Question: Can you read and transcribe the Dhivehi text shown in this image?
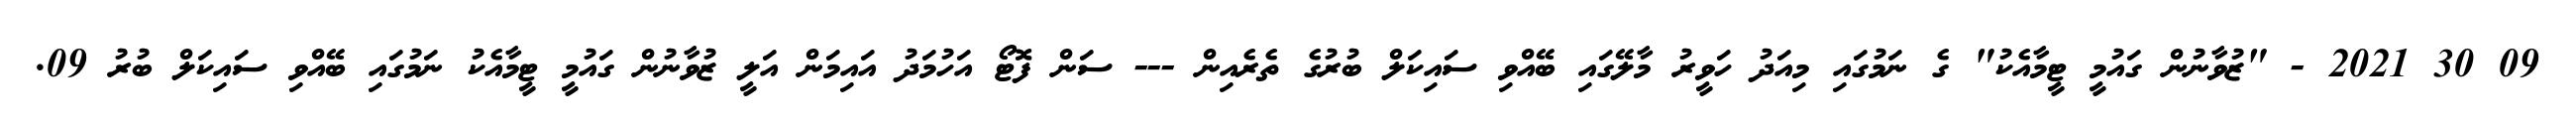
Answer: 09 30 2021 - "ޒުވާނުން ގައުމީ ޓީމާއެކު" ގެ ނަމުގައި މިއަދު ހަވީރު މާލޭގައި ބޭއްވި ސައިކަލް ބުރުގެ ތެރެއިން --- ސަން ފޮޓޯ އަހުމަދު އައިމަން އަލީ ޒުވާނުން ގައުމީ ޓީމާއެކު ނަމުގައި ބޭއްވި ސައިކަލް ބުރު 09.